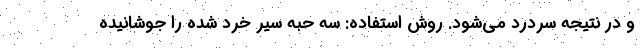
و در نتیجه سردرد می‌شود. روش استفاده: سه حبه سیر خرد شده را جوشانیده